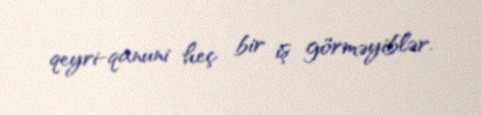
qeyri-qanuni heç bir iş görməyiblər.